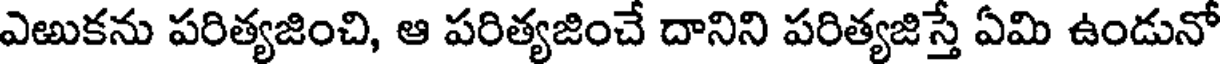
ఎఱుకను పరిత్యజించి, ఆ పరిత్యజించే దానిని పరిత్యజిస్తే ఏమి ఉండునో